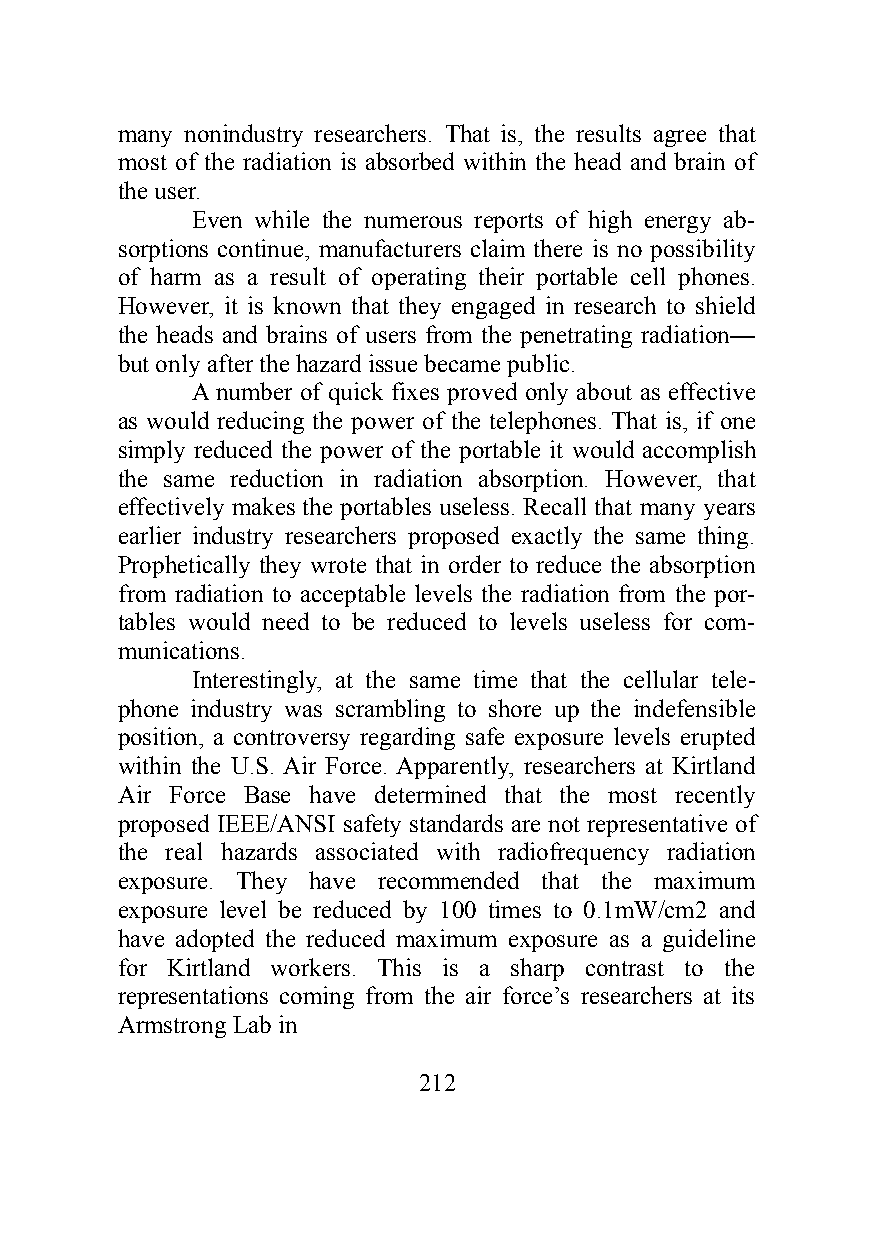
many nonindustry researchers. That is, the results agree that
 most of the radiation is absorbed within the head and brain of
 the user.
 Even while the numerous reports of high energy ab-
 sorptions continue, manufacturers claim there is no possibility
 of harm as a result of operating their portable cell phones.
 However, it is known that they engaged in research to shield
 the heads and brains of users from the penetrating radiation—
 but only after the hazard issue became public.
 A number of quick fixes proved only about as effective
 as would reducing the power of the telephones. That is, if one
 simply reduced the power of the portable it would accomplish
 the same reduction in radiation absorption. However, that
 effectively makes the portables useless. Recall that many years
 earlier industry researchers proposed exactly the same thing.
 Prophetically they wrote that in order to reduce the absorption
 from radiation to acceptable levels the radiation from the por-
 tables would need to be reduced to levels useless for com-
 munications.
 Interestingly, at the same time that the cellular tele-
 phone industry was scrambling to shore up the indefensible
 position, a controversy regarding safe exposure levels erupted
 within the U.S. Air Force. Apparently, researchers at Kirtland
 Air Force Base have determined that the most recently
 proposed IEEE/ANSI safety standards are not representative of
 the real hazards associated with radiofrequency radiation
 exposure. They have recommended that the maximum
 exposure level be reduced by 100 times to 0.1mW/cm2 and
 have adopted the reduced maximum exposure as a guideline
 for Kirtland workers. This is a sharp contrast to the
 representations coming from the air force’s researchers at its
 Armstrong Lab in
 212